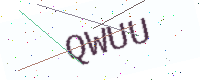
Text: QWUU